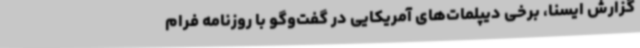
گزارش ایسنا، برخی دیپلمات‌های آمریکایی در گفت‌وگو با روزنامه فرام